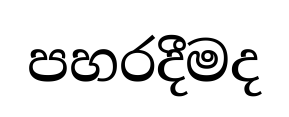
පහරදීමද